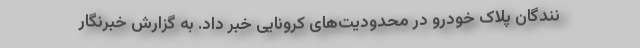
نندگان پلاک خودرو در محدودیت‌های کرونایی خبر داد. به گزارش خبرنگار